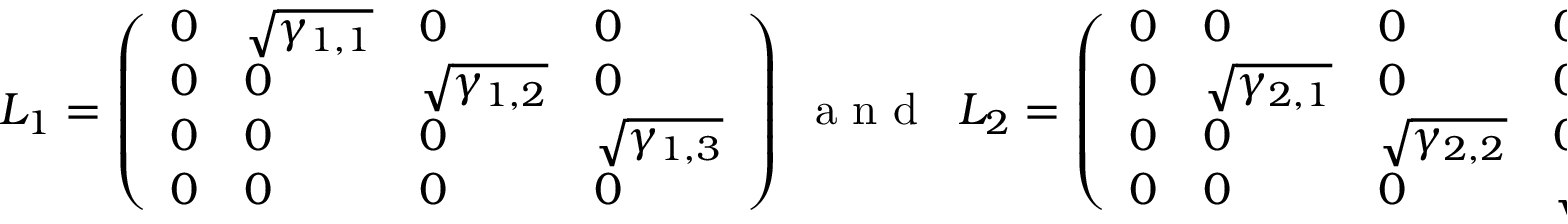
{ \cal L } _ { 1 } = \left( \begin{array} { l l l l } { 0 } & { \sqrt { \gamma _ { 1 , 1 } } } & { 0 } & { 0 } \\ { 0 } & { 0 } & { \sqrt { \gamma _ { 1 , 2 } } } & { 0 } \\ { 0 } & { 0 } & { 0 } & { \sqrt { \gamma _ { 1 , 3 } } } \\ { 0 } & { 0 } & { 0 } & { 0 } \end{array} \right) \; \mathrm { ~ a ~ n ~ d ~ } \; \; { \cal L } _ { 2 } = \left( \begin{array} { l l l l } { 0 } & { 0 } & { 0 } & { 0 } \\ { 0 } & { \sqrt { \gamma _ { 2 , 1 } } } & { 0 } & { 0 } \\ { 0 } & { 0 } & { \sqrt { \gamma _ { 2 , 2 } } } & { 0 } \\ { 0 } & { 0 } & { 0 } & { \sqrt { \gamma _ { 2 , 3 } } } \end{array} \right) .